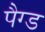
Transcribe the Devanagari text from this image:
पैग्ड